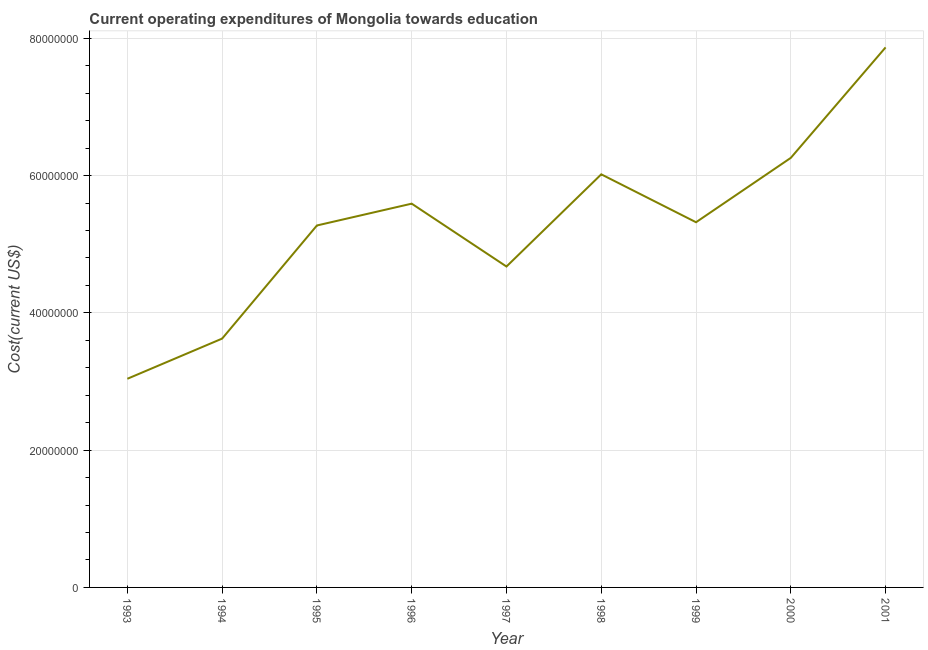
| Year | Education expenditure |
 | --- | --- |
 | 1993 | 3.04e+07 |
 | 1994 | 3.63e+07 |
 | 1995 | 5.27e+07 |
 | 1996 | 5.59e+07 |
 | 1997 | 4.68e+07 |
 | 1998 | 6.02e+07 |
 | 1999 | 5.32e+07 |
 | 2000 | 6.26e+07 |
 | 2001 | 7.87e+07 |